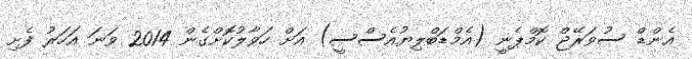
އެންޑް ސުވަރޭޖް ކޮމްޕެނީ (އެމްޑަބްލިޔުއެސްސީ) އަށް ހަވާލުކޮށްގެން 2014 ވަނަ އަހަރު ފެށި